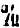
%